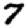
Digit: 7